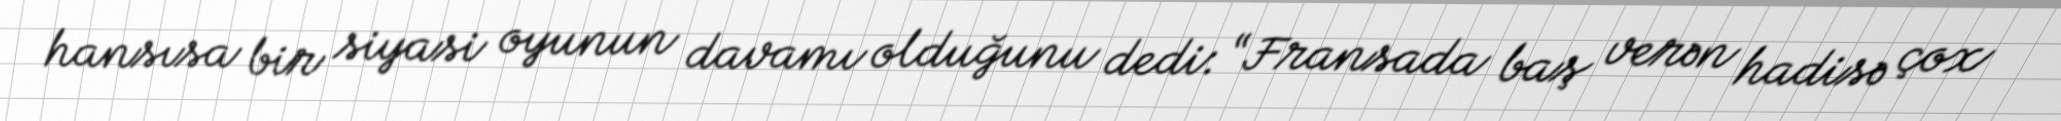
hansısa bir siyasi oyunun davamı olduğunu dedi: “Fransada baş verən hadisə çox